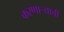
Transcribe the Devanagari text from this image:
करणाऱ्याची